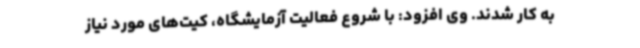
به کار شدند. وی افزود: با شروع فعالیت آزمایشگاه، کیت‌های مورد نیاز